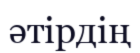
әтірдің